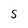
Character: S